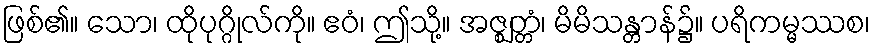
ဖြစ်၏။ သော၊ ထိုပုဂ္ဂိုလ်ကို။ ဧဝံ၊ ဤသို့။ အဇ္ဈတ္တံ၊ မိမိသန္တာန်၌။ ပရိကမ္မဿစ၊